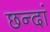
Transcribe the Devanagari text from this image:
छन्दां